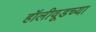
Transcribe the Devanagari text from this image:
हॉलीवूडच्या